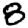
Digit: 8